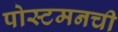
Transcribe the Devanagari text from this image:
पोस्टमनची